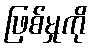
ဖြစ်မှုကို